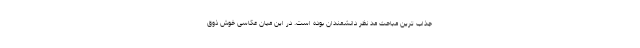
جذاب ترین مباحث مد نظر دانشمندان بوده است. در این میان عکاسی خوش ذوق